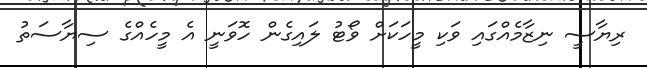
ރިޔާސީ ނިޒާމެއްގައި ވަކި މީހަކަށް ވޯޓު ލައިގެން ހޮވަނީ އެ މީހެއްގެ ސިޔާސަތު